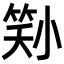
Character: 𡮜